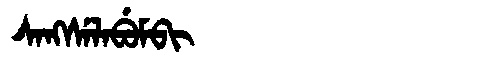
Manchu: ᠰᠠᠩᠰᡝᠯᠠᠪᡠᠮᠪᡳ
Romanization: SANGSELABUMBI